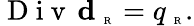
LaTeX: \mathrm{~D~i~v~}\, \textbf{d}_{\mathrm{~\tiny~R~}}=q_{\mathrm{~\tiny~R~}}.